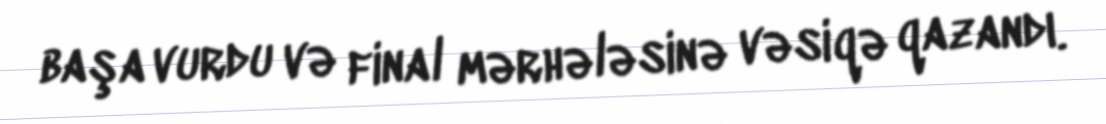
başa vurdu və final mərhələsinə vəsiqə qazandı.